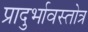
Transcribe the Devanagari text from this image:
प्रादुर्भावस्तोत्र